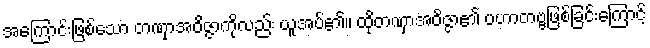
အကြောင်းဖြစ်သော တဏှာအဝိဇ္ဇာကိုလည်း ယူအပ်၏။ ထိုတဏှာအဝိဇ္ဇာ၏ ပဟာတဗ္ဗဖြစ်ခြင်းကြောင့်